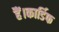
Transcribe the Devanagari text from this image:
हैं।कार्डिफ